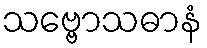
သဗ္ဗောသဓာနံ